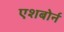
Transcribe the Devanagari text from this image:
एशबोर्न